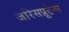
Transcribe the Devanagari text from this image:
जरिसप्रूडेन्स